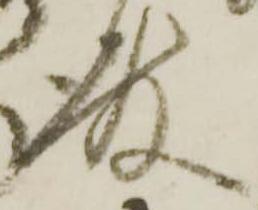
殿